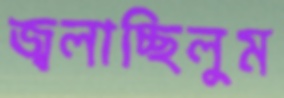
জ্বলাচ্ছিলুম